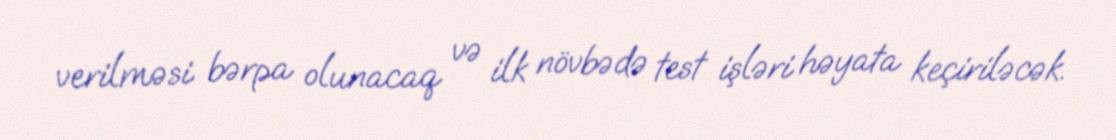
verilməsi bərpa olunacaq və ilk növbədə test işləri həyata keçiriləcək.